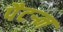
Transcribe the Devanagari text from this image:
पैटऱ्न